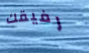
رفيقك